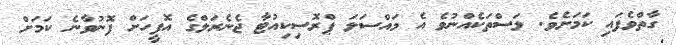
ގާތްވެފައި ކަމަށެވެ. ލަސްތަކެއްނުވެ އެ މައްސަލަ ޕްރޮސިކިއުޓާ ޖެނެރަލްގެ އޮފީހަށް ފޮނުވާނެ ކަމަށް